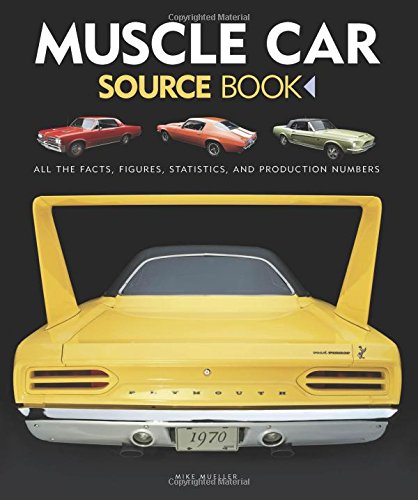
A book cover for Muscle Car Source Book: All the Facts, Figures, Statistics, and Production Numbers; Mike Mueller; Engineering & Transportation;